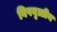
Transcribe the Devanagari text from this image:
विषवृत्तीय